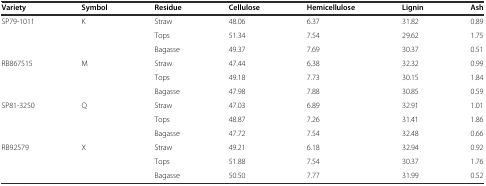
| Variety | Symbol | Residue | Cellulose | Hemicellulose | Lignin | Ash |
 | --- | --- | --- | --- | --- | --- | --- |
 | <ROWSPAN=3> SP79-1011 | <ROWSPAN=3> K | Straw | 48.06 | 6.37 | 31.82 | 0.89 |
 | Tops | 51.34 | 7.54 | 29.62 | 1.75 |
 | Bagasse | 49.37 | 7.69 | 30.37 | 0.51 |
 | <ROWSPAN=3> RB867515 | <ROWSPAN=3> M | Straw | 47.44 | 6.38 | 32.32 | 0.99 |
 | Tops | 49.18 | 7.73 | 30.15 | 1.84 |
 | Bagasse | 47.98 | 7.88 | 30.85 | 0.59 |
 | <ROWSPAN=3> SP81-3250 | <ROWSPAN=3> Q | Straw | 47.03 | 6.89 | 32.91 | 1.01 |
 | Tops | 48.87 | 7.26 | 31.41 | 1.86 |
 | Bagasse | 47.72 | 7.54 | 32.48 | 0.66 |
 | <ROWSPAN=3> RB92579 | <ROWSPAN=3> X | Straw | 49.21 | 6.18 | 32.94 | 0.92 |
 | Tops | 51.88 | 7.54 | 30.37 | 1.76 |
 | Bagasse | 50.50 | 7.77 | 31.99 | 0.52 |